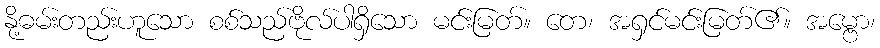
နို့ဓမ်းတည်းဟူသော စစ်သည်ဗိုလ်ပါရှိသော မင်းမြတ်။ တေ၊ အရှင်မင်းမြတ်၏။ အမ္ဗော၊